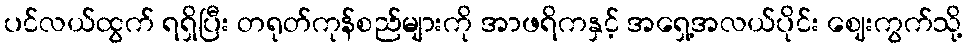
ပင်လယ်ထွက် ရရှိပြီး တရုတ်ကုန်စည်များကို အာဖရိကနှင့် အရှေ့အလယ်ပိုင်း ဈေးကွက်သို့